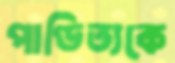
পাণ্ডিত্যকে